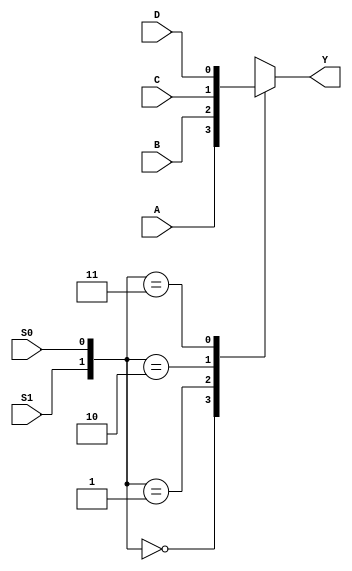
module mux_4to1 (
    input wire A, B, C, D,
    input wire S0, S1,
    output reg Y
);

always @*
begin
    case({S1,S0})
        2'b00: Y = A;
        2'b01: Y = B;
        2'b10: Y = C;
        2'b11: Y = D;
    endcase
end

endmodule